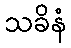
သခိနံ